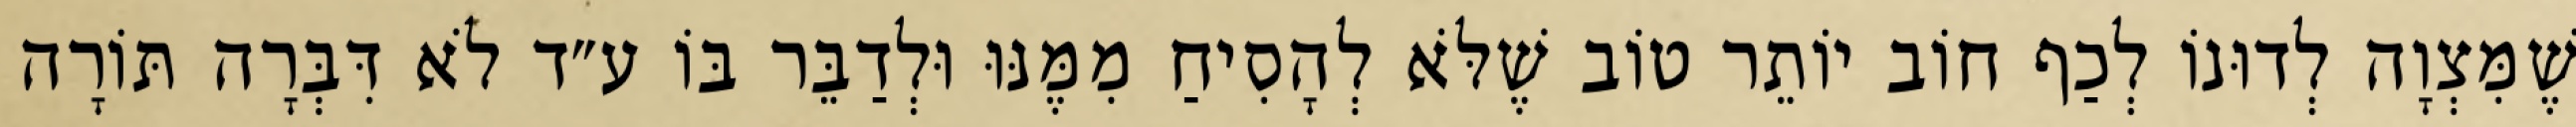
שֶׁמִּצְוָה לְדוּנוֹ לְכַף חוֹב יוֹתֵר טוֹב שֶׁלֹּא לְהָסִיחַ מִמֶּנּוּ וּלְדַבֵּר בּוֹ ע״ד לֹא דִּבְּרָה תּוֹרָה